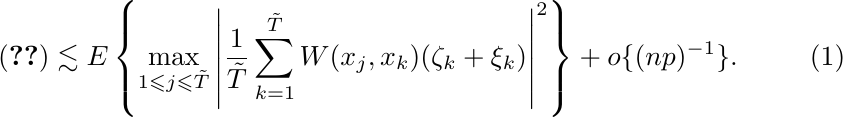
		\begin{align}
		&(\ref{var:firstbound}) \lesssim E\left \{\max_{1\leqslant j \leqslant \tilde{T}} \left |\frac{1}{\tilde{T}} \sum_{k=1}^{\tilde{T}}  W (x_j, x_k)( \zeta_k+\xi_k ) \right|^2 \right\} +o\{(np)^{-1}\}. \label{ineq:sup2max}
		\end{align}